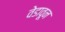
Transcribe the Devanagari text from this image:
वेडावून